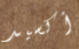
أكسيد